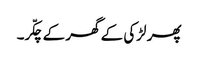
پھر لڑکی کے گھر کے چکّر۔